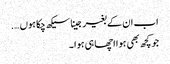
اب ان کے بغیر جینا سیکھ چکا ہوں ….
جو کچھ بھی ہوا اچھا ہی ہوا ۔